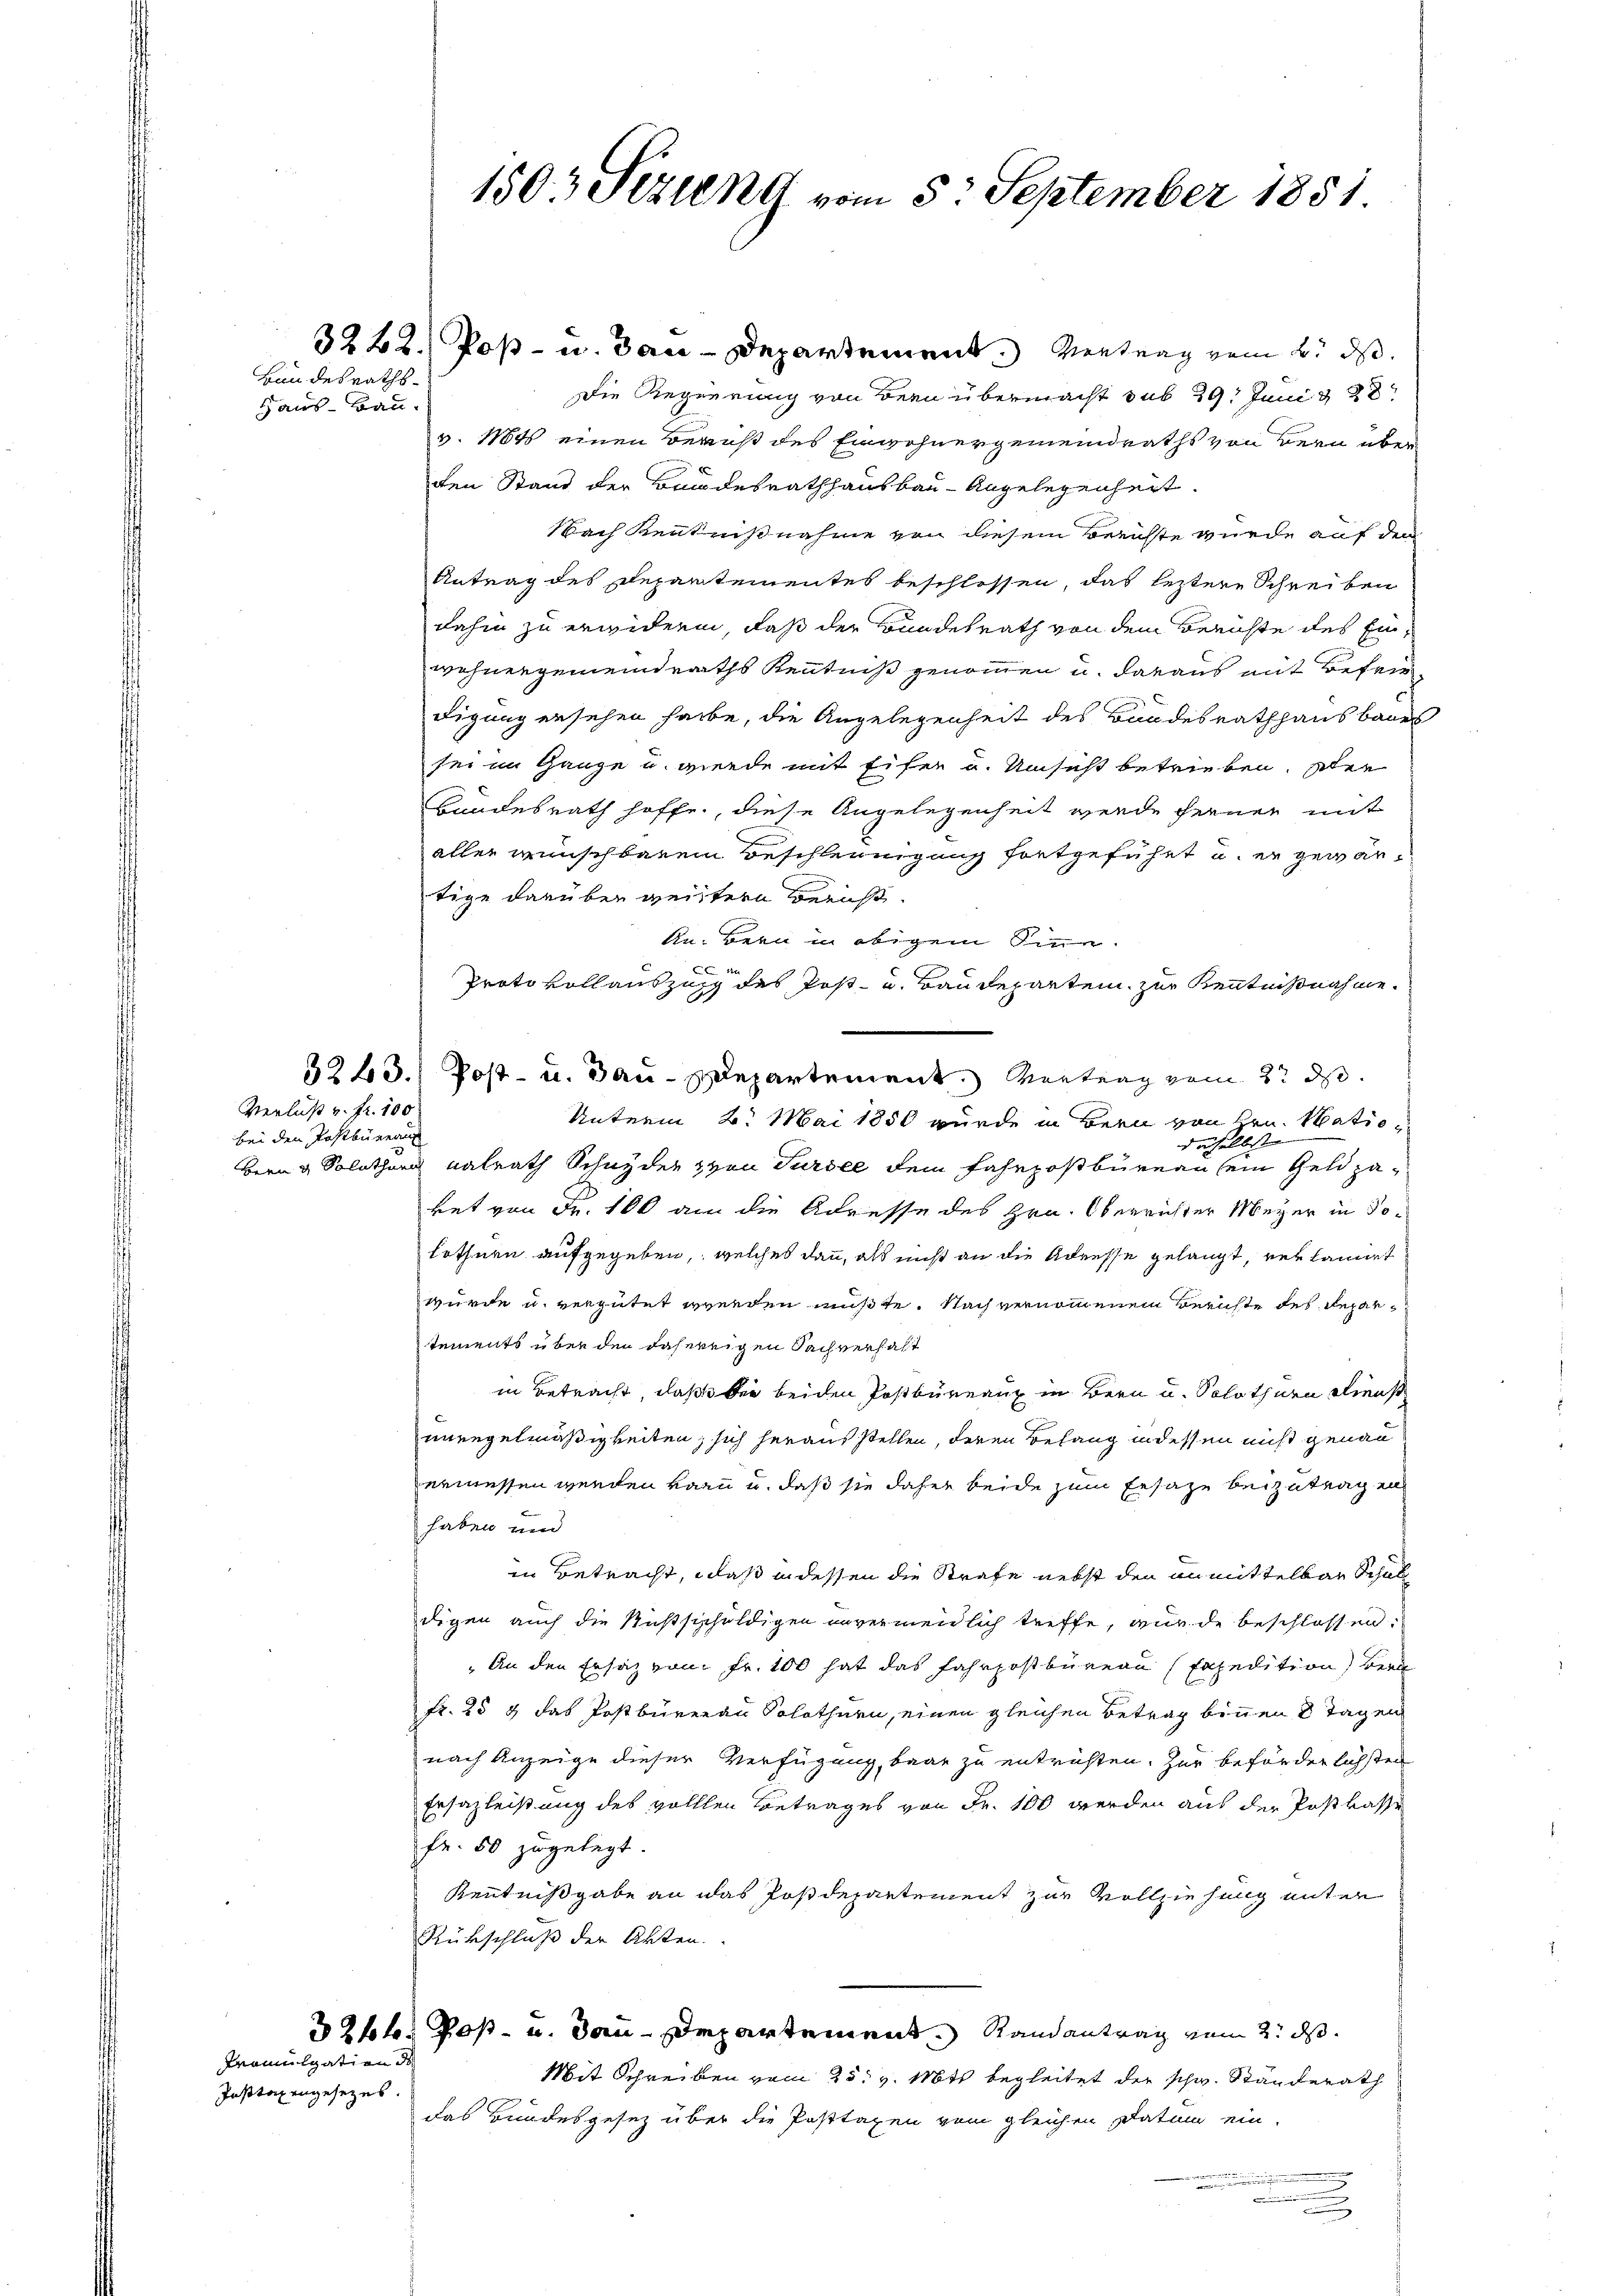
Bundesraths¬
Haus-Bau-

Verlust v. fr. 100
bei den Postbureaus

Promulgation d
Jasttaxengesezes.

1503 Sizung vom 5. September 1851.

3222. Post- u. dan-Departement. Vertrag vom 2. ds.
Die Regierung von dern übermacht sub 29. Juni d
v. 11845 einen Beruß des Einwohnergemeindraths von Bern überden Stand der Bundesrathhausbau-Angelegenheit.
Nach Kenntnißnahme von diesem Berichte wurde auf dem
Antrag des Departementes beschlossen, das leztere Schreiben
dahin zu erwidern, daß der Bundesrath von dem Berichte des Einwohnergemeindraths Kenntniß genommen u. daraus mit Befrie
digung ersehen habe, die Angelegenheit des Bandesrathhausbaues
sei im Ganze u. werde mit Eifer u. Unsicht betrieben. Iher
Bundesrath hoffe, diese Angelegenheit werde ferner mit
aller wünschbarem Beschleunigung fortgeführt u. er gewärtige darüber weistern Bericht.
An. Bern in obigem Sinne.
C
Protokollauszug des Post- u. Baudeparten zur Kenntnißnahme.
3243.) Post- u. Bau-Departement. Montrag vom 2t ds.
Unterm 2. Mai 1850 wurde in Bern von Hrn. Natio
daselbst |
Bern & Solothur valrath Schnyder von Sursee dem Fahrpostbureau sein Geldzaket von Fr. 100 an die Adresse des Hrn. Oberrichter Meyer in Solothurn aufgegeben, welches dann, als nicht an die Adresse gelangt, verkannt
wurde u. vergütet werden müßte. Nach vernommenen Berichte des Departements über den daherigen Sachverhält
in Betracht, daß ober beiden Postbureaux in Bern u. Solothurn Dienst
unregelmäßigkeiten, sich heraus stellen, deren Behang in dessen nicht genau
ermessen werden kann u. daß sie daher beide zum Ersaze beizutragen
haben und
in Betracht, daß in dessen die Strafe nebst den anmittelbar Schul
digen auch die Richtsschuldigen unvermeidlich treffe, wurde beschlossen:
„An den Ersatz vom Fr. 100 hat das Fahrpostbüreau (Expedition) Bern
fr. 25 t das Postbüreau Solothurn, einen gleichen Betrag binnen 8 Tagen
nach Anzeige dieser Verfügung, baar zu entrichten, zur beförderlichsten
Ersazleistung des volllen Betrages von Fr. 100 werden aus der Postkasse
fr. 50 zugelegt.
Kenntnißgabe an das Postdepartement zur Vollziehung unter
Rükschluß der Akten.
32 ff. Post- u. dan Departement. Randantrag vom 2. ds.
Mit Schreiben vom 25. v. Mts. begleitet der schw. Ständerath
das Bundesgesez über die Posttaxen vom gleichen Datum ein-
u

n